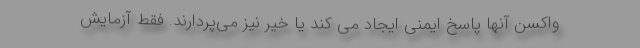
واکسن آنها پاسخ ایمنی ایجاد می کند یا خیر نیز می‌پردارند. فقط آزمایش